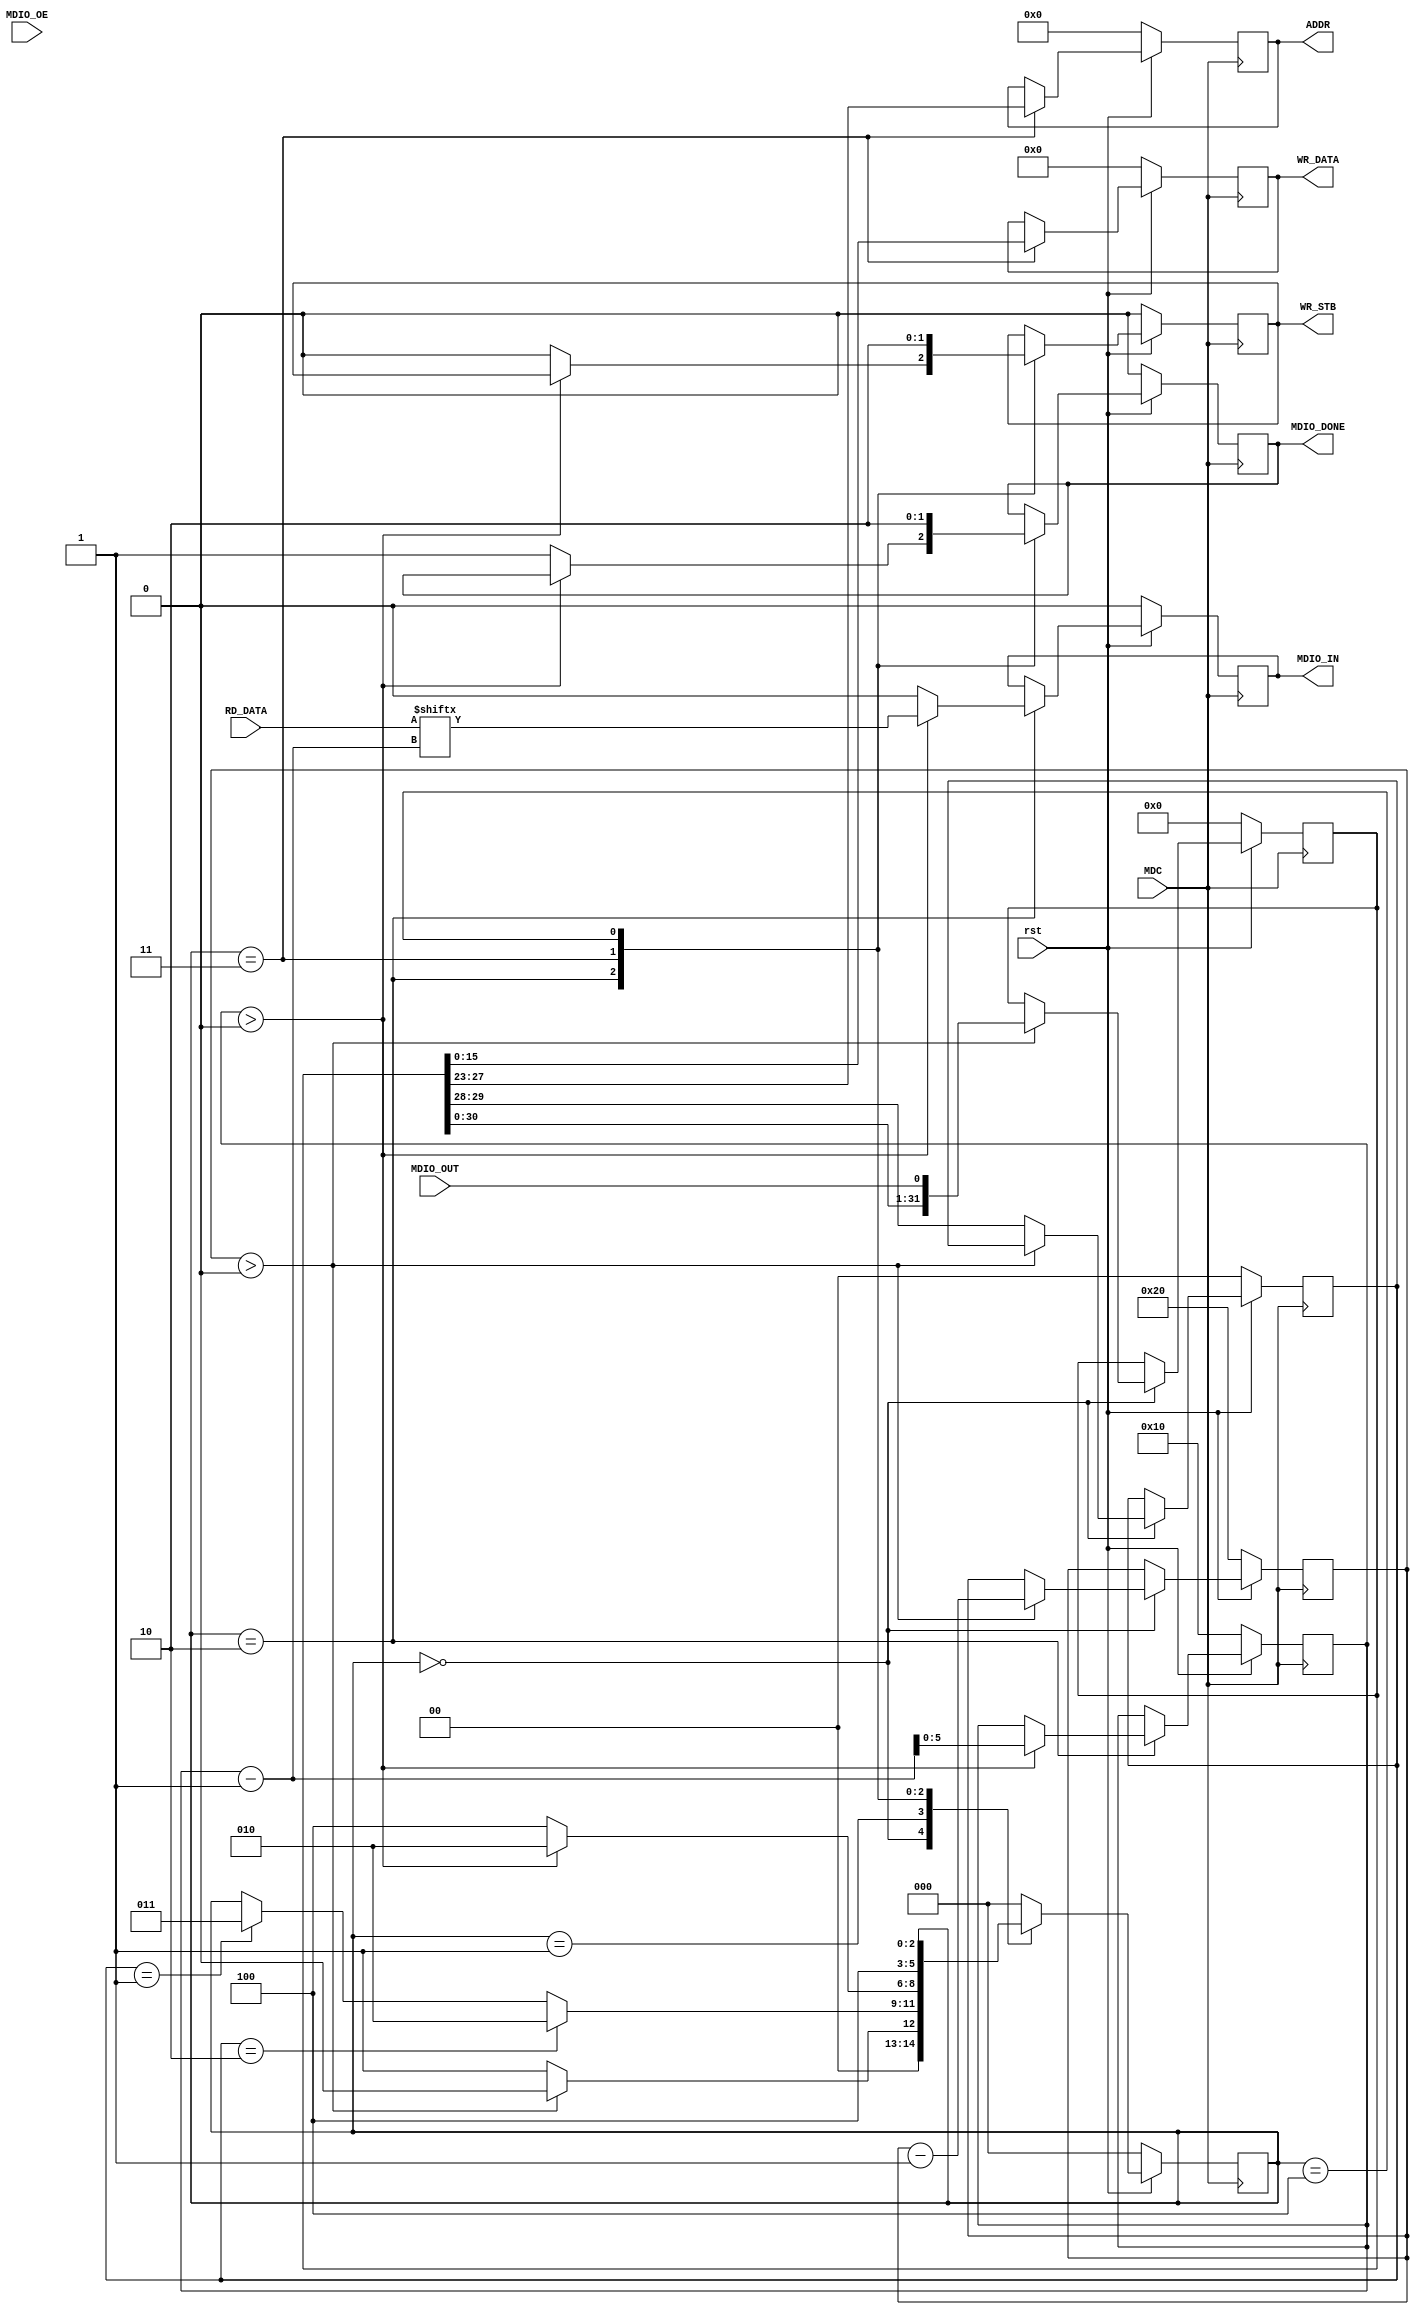
/* 
Proyecto Final Circuitos Digitales 2

Archivo: Recep_MDIO.v 

Descripcin: Este archivo contiene el DUT del receptor para el protocolo MDIO

Autores: Alexa Lpez, Sylvia Fonseca, Manfred Soza, ngeles Ulate
*/

module Recep_MDIO(
    // Definicin de las entradas y salidas del receptor de transacciones MDIO

    // Entradas
    input rst,                  // Seal de Reset. =1 receptor funciona normalmente, =0 todas salidas en 0.
    input MDC,                  // Seal de reloj, con la mitad de la frecuencia del clk del generador, para la sincronizacin de transferencia de datos para el MDIO.
    input MDIO_OE,              // Seal de habilitacin de MDIO_OUT. En Escritura es de 32 ciclos alto, en Lectura es de 16 ciclos en alto y 16 ciclos en bajo. Luego, baja.
    input MDIO_OUT,             // Seal serial, proviente del generador, que enva los bits de T_DATA cuando MDIO_START est en alto.
    input [15:0] RD_DATA,       // Seal que contiene el valor o data leda desde la memoria una vez que MDIO_DONE est en alto y WR_STB en bajo.

    // Salidas
    output reg [4:0] ADDR,      // Seal de direccin que indica en qu posicin de memoria se debe almacenar el dato recibido en WR_DATA o en cul se debe leer RD_DATA.
    output reg MDIO_DONE,       // Seal de un ciclo de reloj que indica que se ha completado una transaccin de MDIO en el receptor.
    output reg WR_STB,          // Seal que se pone en alto para indicar que ADDR y la data de WR_DATA es vlida y se debe escribir a la memoria. 
    output reg [15:0] WR_DATA,  // Seal que contiene los datos a escribir en la posicin de memoria indicada por ADDR en el ciclo de reloj que se cumple que MDIO_DONE est en alto y WR_STB en bajo.
    output reg MDIO_IN          // Seal serie en la cual se enva el dato almacenado en la posicin REGADDR, durante los ltimos 16 ciclos de la transaccin de MDIO.
);

// Definicin de registros y seales internas del receptor de transacciones MDIO
reg [2:0] state;        // Seal que indica el estado en el que se est para la FSM
reg [5:0] count;        // Seal de contador para recorrer MDIO_OUT y almacenar su concatenacin en un registro
reg [5:0] count_data;   // Seal de contador para recorrer RD_DATA y enviar su data en MDIO_IN en una transaccin de lectura    
reg [31:0] REGISTRO;    // Registro utilizado para almacenar la concatenacin de MDIO_OUT
reg [1:0] bit_2_3;      // Registro para guardar el bit 3 y 4 juntos del frame bsico del MDIO.


always @(posedge MDC) begin

    // Si se pone en alto el reset, se habilita el receptor de transacciones MDIO, es decir, funciona normalmente
    if (rst) begin

        // Se da paso a la FSM correspondiente al funcionamiento habilitado del receptor
        case(state)

        // Estado 0: Se almacena en REGISTRO los datos provenientes de la entrada MDIO_OUT y se revisa si se trata de una transaccin MDIO de lectura o de escritura, 
        // de acuerdo a los valores de los bits 3 y 4 del frame bsico de MDIO, mismos que corresponden a los bits 2 y 3 de MDIO_OUT, considerando su conteo desde 0.
        0: begin
            if (count > 0) begin
                REGISTRO <= {REGISTRO[31:0], MDIO_OUT};
                count <= count - 1;
                state <= 0;
            end else begin
                // Se obtiene el tipo de transaccin (lectura o escritura)
                // Se guardan por concatenacin, los bits 2 y 3 de REGISTRO en un solo registro
                bit_2_3 <= {REGISTRO[29], REGISTRO[28]}; 
                state <= 1;
            end
        end

        // Estado 1: En este se revisa si se trata de una transaccin MDIO de lectura o de escritura, y se pasa a su correspondiente siguiente estado que describe su comportamiento.
        1: begin

            // Si la concatenacin anterior corresponde a 10, se pasa al estado de lectura (2)
            if (bit_2_3 == 2'b10)begin
                state <= 2;

            // Si la concatenacin anterior corresponde a 01, se pasa al estado de escritura (3)
            end else if (bit_2_3 == 2'b01) begin
                state <= 3;
            end
        end
        
        // Estado 2: Corresponde a la descripcin del funcionamiento normal del receptor para transacciones MDIO de lectura
        2: begin
            if (count_data > 0) begin
                // Se envia la DATA almacenada en la direccin PHYADR
                MDIO_IN <= RD_DATA[count_data-1];
                count_data <= count_data - 1;
                state <= 2;                
            end else begin
                MDIO_IN <= 0;
                WR_STB <= 0;
                MDIO_DONE <= 1;
                state <= 4;
            end 
        end

        // Estado 3: Corresponde a la descripcin del funcionamiento normal del receptor para transacciones MDIO de escritura
        3:begin

            // Se guardan en WR_DATA los bits de REGISTRO correspondientes a la data y que se van a escribir en memoria
            WR_DATA <= {REGISTRO[15:0]};
            // Se guardan en ADDR los bits que corresponden a las posiciones de PHY Address, ser la posicin en memoria donde se va a guardar los datos
            ADDR <= {REGISTRO[28:23]};
            
            // Ambos deben estar en alto para se almacenen o escriban en memoria
            MDIO_DONE <= 1;
            WR_STB <= 1;

            state <= 4;

        end

        // Estado 4: Estado de finalizacin de las transacciones y que, finalmente, recae en el default.
        4:begin
            MDIO_DONE <= 0;
            WR_STB <= 0;
        end

        default: 
            state <= 0;

        endcase

    end else begin
        // Cuando el reset est en bajo, se resetea el programa, y las seales internas y de salida pasan a su correspondiente estado inicial
        MDIO_IN <= 0;
        WR_DATA <= 16'b0;
        WR_STB <= 0;
        MDIO_DONE <= 0;
        ADDR <= 5'b0;
        state <= 0;
        REGISTRO <= 32'd0;
        count_data <= 5'd16;
        bit_2_3 <= 2'b00; 
        count <= 6'd32;
    end
end


endmodule